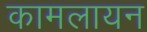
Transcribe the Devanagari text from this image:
कामलायन